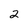
Character: 2